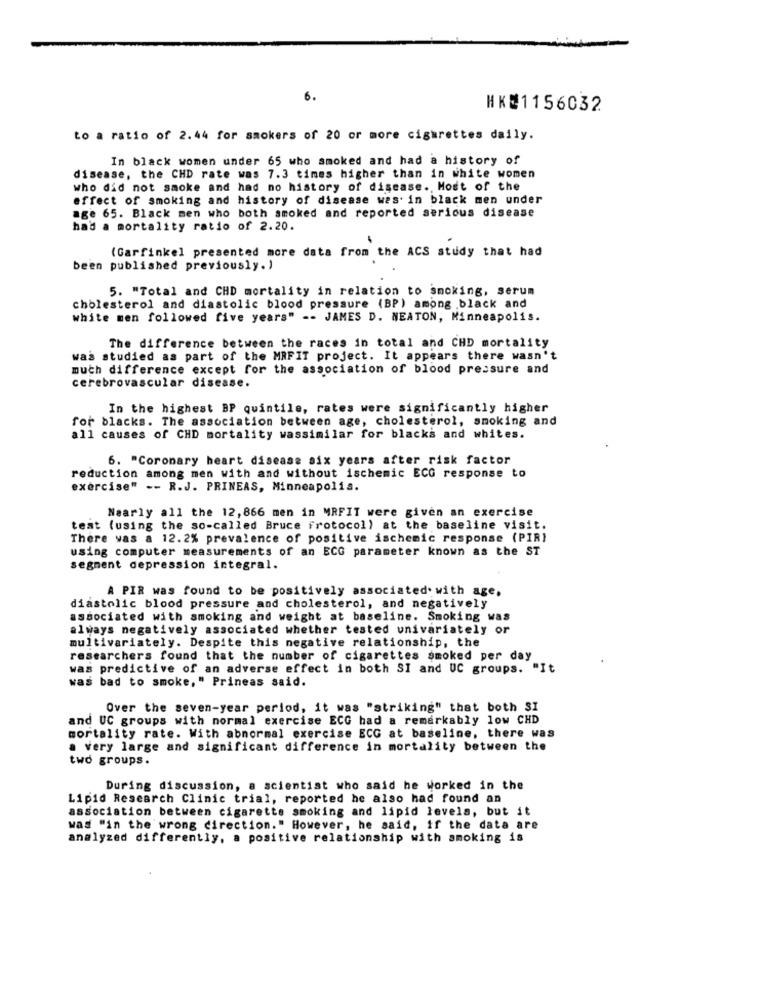
6.
HK21156032
to a ratio of 2.44 for smokers of 20 or more cigarettes daily.
In black women under 65 who smoked and had a history of
disease, the CHD rate was 7.3 times higher than in white women
who did not smoke and had no history of disease. Most of the
effect of smoking and history of disease was. in black men under
age 65. Black men who both smoked and reported serious disease
had a mortality ratio of 2.20.
(Garfinkel presented more data from the ACS study that had
been published previously.)
5. "Total and CHD mortality in relation to smoking, serum
cholesterol and diastolic blood pressure (BP) among black and
white men followed five years" -- JAMES D. NEATON, Minneapolis.
The difference between the races in total and CHD mortality
was studied as part of the MRFIT project. It appears there wasn't
much difference except for the association of blood pressure and
cerebrovascular disease.
In the highest BP quintile, rates were significantly higher
for blacks. The association between age, cholesterol, smoking and
all causes of CHD mortality wassimilar for blacks and whites.
6. "Coronary heart disease six years after risk factor
reduction among men with and without ischemic ECG response to
exercise" -- R.J. PRINEAS, Minneapolis.
Nearly all the 12, 866 men in MRFIT were given an exercise
test (using the so-called Bruce frotocol) at the baseline visit.
There was a 12.2% prevalence of positive ischemic response (PIR)
using computer measurements of an ECG parameter known as the ST
segment depression integral.
A PIR was found to be positively associated. with age,
diastolic blood pressure and cholesterol, and negatively
associated with smoking and weight at baseline. Smoking was
always negatively associated whether tested univariately or
multivariately. Despite this negative relationship, the
researchers found that the number of cigarettes smoked per day
was predictive of an adverse effect in both SI and UC groups. "It
was bad to smoke," Prineas said.
Over the seven-year period, it was "striking" that both SI
and UC groups with normal exercise ECG had a remarkably low CHD
mortality rate. With abnormal exercise ECG at baseline, there was
a very large and significant difference in mortality between the
two groups.
During discussion, a scientist who said he worked in the
Lipid Research Clinic trial, reported he also had found an
association between cigarette smoking and lipid levels, but it
was "in the wrong direction." However, he said, if the data are
analyzed differently, a positive relationship with smoking is